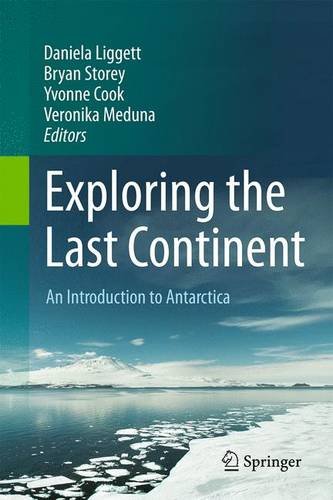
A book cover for Exploring the Last Continent: An Introduction to Antarctica; Science & Math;